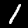
Digit: 1